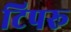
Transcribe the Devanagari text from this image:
टिपरू